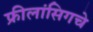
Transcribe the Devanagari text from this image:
फ्रीलांसिगचे